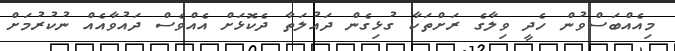
މިއެއްބަސްވުން ހެދީ ވިލާގެ ރަށްތަކާ ގުޅިގެން ދައުލަތާ ދެކޮޅަށް އެއްވެސް ދައުވާއެއް ނުކުރުމަށް